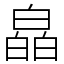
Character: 皛